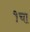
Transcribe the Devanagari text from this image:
१चा